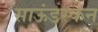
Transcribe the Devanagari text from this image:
साऊंडस्केन